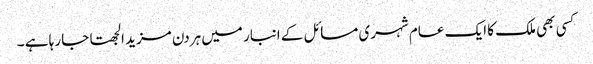
کسی بھی ملک کا ایک عام شہری مسائل کے انبار میں ہردن مزید الجھتا جا رہا ہے ۔